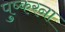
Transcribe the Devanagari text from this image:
पुष्करना